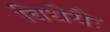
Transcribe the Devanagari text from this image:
विधेयैः